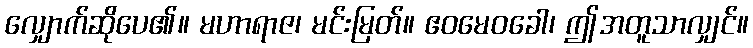
လျှောက်ဆိုပေ၏။ မဟာရာဇ၊ မင်းမြတ်။ ဧဝမေဝခေါ၊ ဤအတူသာလျှင်။